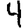
Digit: 4